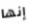
إنها